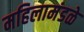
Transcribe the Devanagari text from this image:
महिलामंडळे